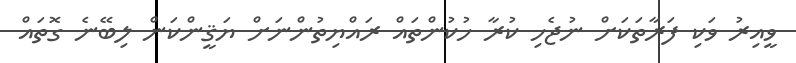
ވީއިރު ވަކި ފަރާތަކަށް ނުޖެހި ކުރާ ހުކުންތައް ރައްޔިތުންނަށް ޔަޤީންކަން ލިބޭނެ ގޮތައް